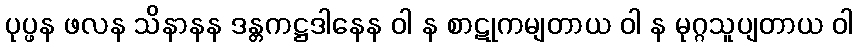
ပုပ္ဖန ဖလန သိနာနန ဒန္တကဋ္ဌဒါနေန ဝါ န စာဋုကမျတာယ ဝါ န မုဂ္ဂသူပျတာယ ဝါ